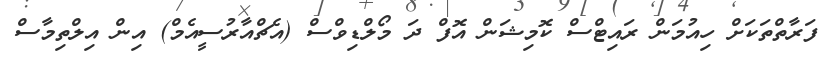
ފަރާތްތަކަށް ހިއުމަން ރައިޓްސް ކޮމިޝަން އޮފް ދަ މޯލްޑިވްްސް (އެޗްއާރުސީއެމް) އިން އިލްތިމާސް